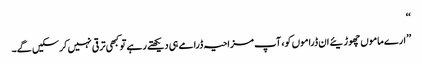
‘‘
’’ارے ماموں چھوڑیئے ان ڈراموں کو، آپ مزاحیہ ڈرامے ہی دیکھتے رہے تو کبھی ترقی نہیں کرسکیں گے۔